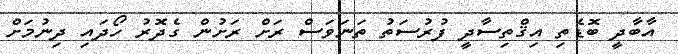
އާބާދީ ބޮޑެތި އިޤްތިސާދީ ފުރުސަތު ތަނަވަސް ރަށް ރަށުން ގެދޮރު ހޯދައި ދިނުމަށް